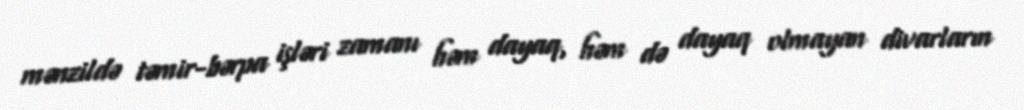
mənzildə təmir-bərpa işləri zamanı həm dayaq, həm də dayaq olmayan divarların